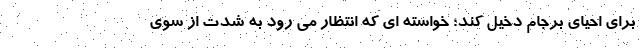
برای احیای برجام دخیل کند؛ خواسته ای که انتظار می رود به شدت از سوی